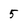
Character: 5